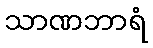
သာဏဘာရံ